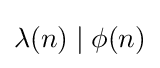
\lambda (n)\mid \phi (n)